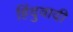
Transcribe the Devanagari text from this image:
हिंदुवादी